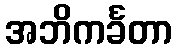
အဘိကင်္ခတာ